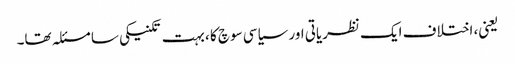
یعنی، اختلاف ایک نظریاتی اور سیاسی سوچ کا ، بہت تکنیکی سا مسئلہ تھا۔